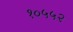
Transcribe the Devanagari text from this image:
१०५५२